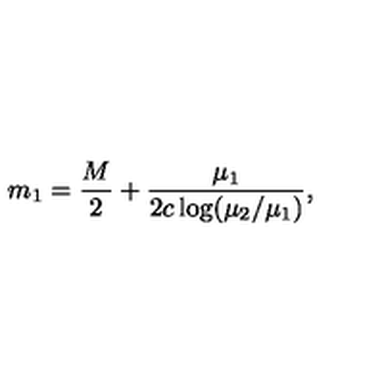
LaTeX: m _ { 1 } = \frac { M } { 2 } + \frac { \mu _ { 1 } } { 2 c \log ( \mu _ { 2 } / \mu _ { 1 } ) } ,